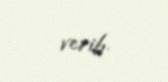
verib.